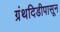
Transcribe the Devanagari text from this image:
ग्रंथदिडीपासून